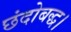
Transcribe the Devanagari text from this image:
छंदोबद्ध।